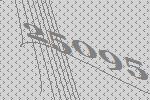
25095